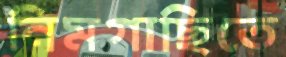
নিমগাছিতে